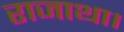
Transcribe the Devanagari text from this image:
राजाथा।